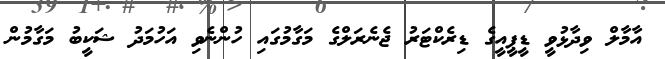
އާމާލް ވިދާޅުވީ ޑީޕީއީގެ ޑިރެކްޓަރު ޖެނެރަލްގެ މަގާމުގައި ހުންނެވި އަހުމަދު ޝަކީބު މަގާމުން